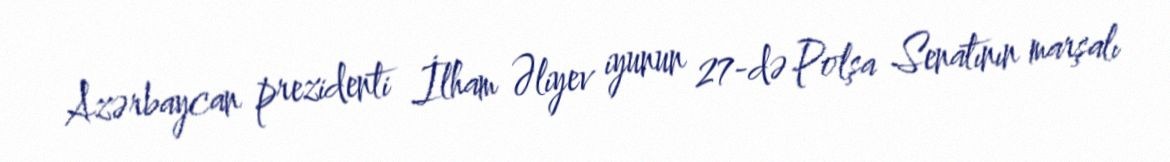
Azərbaycan prezidenti İlham Əliyev iyunun 27-də Polşa Senatının marşalı